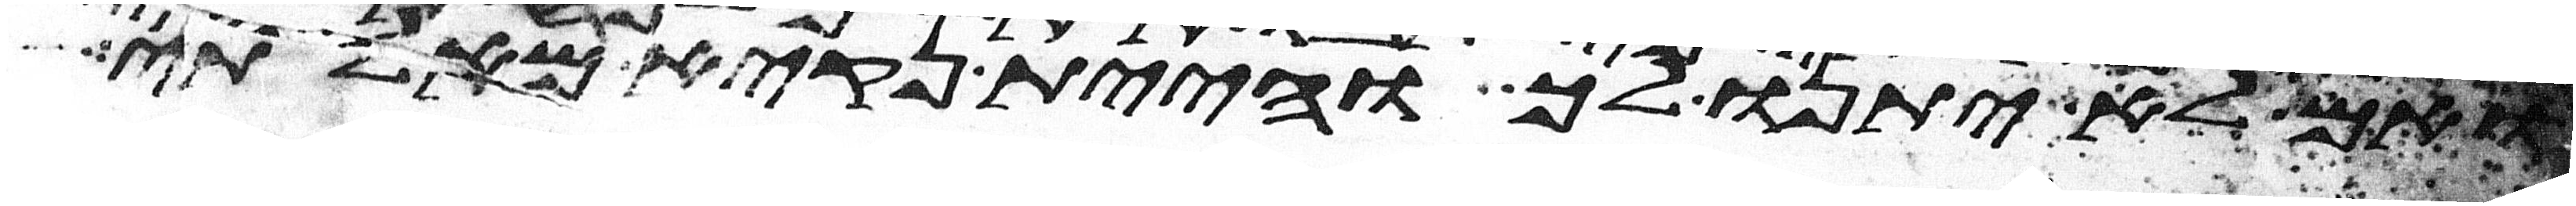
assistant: ואם לא יתנו לך והיית נקיא מאלתי